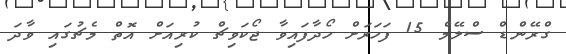
ގްރޭންޑް ސްލޭމް 15 ފަހަރަށް ހޯދާފައިވާ ޖޯކަވިޗް ކުރިއަށް އޮތް މެޗުގައި ވާދަ